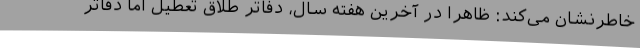
خاطرنشان می‌کند: ظاهراً در آخرین هفته سال، دفاتر طلاق تعطیل اما دفاتر